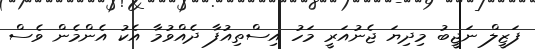
ފަޒީލް ނަޖީބު މިދިޔަ ޖެނުއަރީ މަހު އިސްތިއުފާ ދެއްވުމާ އެކު އެންމެން ވެސް